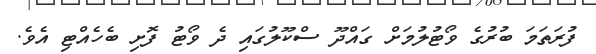
ފުރަތަމަ ބުރުގެ ވޯޓުލުމަށް ގައްދޫ ސްކޫލުގައި ދެ ވޯޓު ފޮށި ބެހެއްޓި އެވެ.